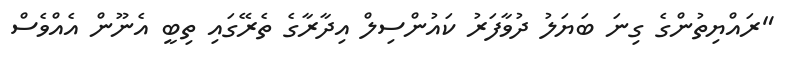
"ރައްޔިތުންގެ ގިނަ ބަޔަލު ދުވާފަރު ކައުންސިލް އިދާރާގެ ތެރޭގައި ތިބީ އެނޫން އެއްވެސް